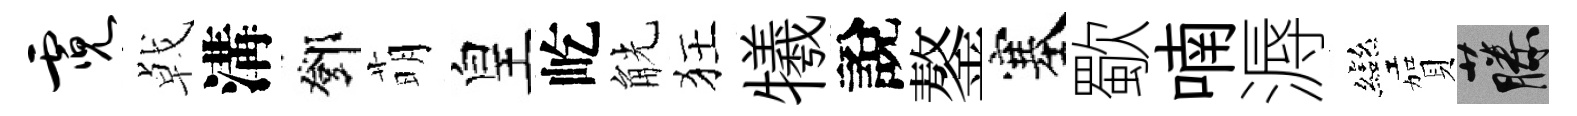
霓㦸溝鄧萌皇屹觥狂犧說鏊塞歜喃溽彎賀藤